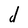
Character: d